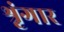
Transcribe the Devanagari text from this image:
श्रृंंगार